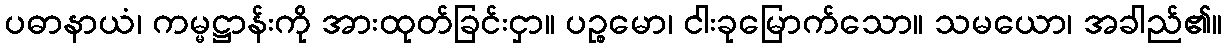
ပဓာနာယံ၊ ကမ္မဋ္ဌာန်းကို အားထုတ်ခြင်းငှာ။ ပဉ္စမော၊ ငါးခုမြောက်သော။ သမယော၊ အခါည်၏။